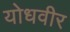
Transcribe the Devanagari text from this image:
योधवीर